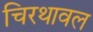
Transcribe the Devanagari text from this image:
चिरथावल